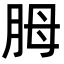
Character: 胟